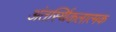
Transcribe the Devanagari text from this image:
अंतर्स्थिकलात्मक